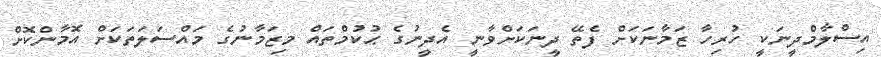
އިސްލާމްދީނަކީ ހުރިހާ ޒަމާނަކަށް ފެތޭ ދީނަކަށްވާނީ އެދީނުގެ ޙުކުމްތައް މިޒަމާނުގެ މައްސަލަތަކަށް އޮމާންކޮށް